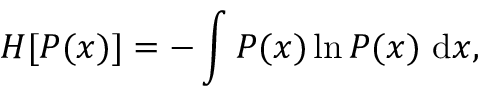
H [ P ( x ) ] = - \int P ( x ) \ln P ( x ) \ \mathrm { d } x ,